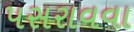
પસરાવવા